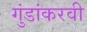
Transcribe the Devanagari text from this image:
गुंडांकरवी